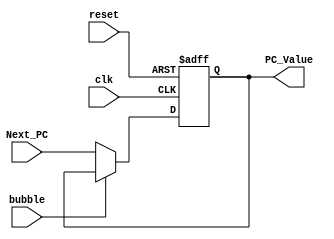
/******************************************************************
* Description
*	This is a register of 32-bit that corresponds to the PC counter. 
*	This register does not have an enable signal.
* Version:
*	1.0
* Author:
*	Dr. Jos Luis Pizano Escalante
* email:
*	luispizano@iteso.mx
* Date:
*	16/08/2021
******************************************************************/

module PC_Register
#(
	parameter N=32
)
(
	input clk,
	input reset,
	input  [N-1:0] Next_PC,
	input bubble,	//para pipeline stall
	
	
	output reg [N-1:0] PC_Value
);

always@(negedge reset or negedge clk) begin
	if(reset==0)
		PC_Value <= 32'h00400000; //Iniciar el valor del PC en 0x400000
	else if (bubble == 0)
		PC_Value<= Next_PC;

end

endmodule